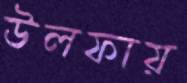
উলফায়